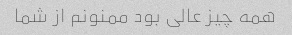
همه چیز عالی بود ممنونم از شما